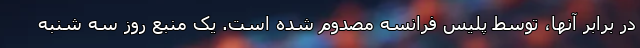
در برابر آنها، توسط پلیس فرانسه مصدوم شده است. یک منبع روز سه شنبه